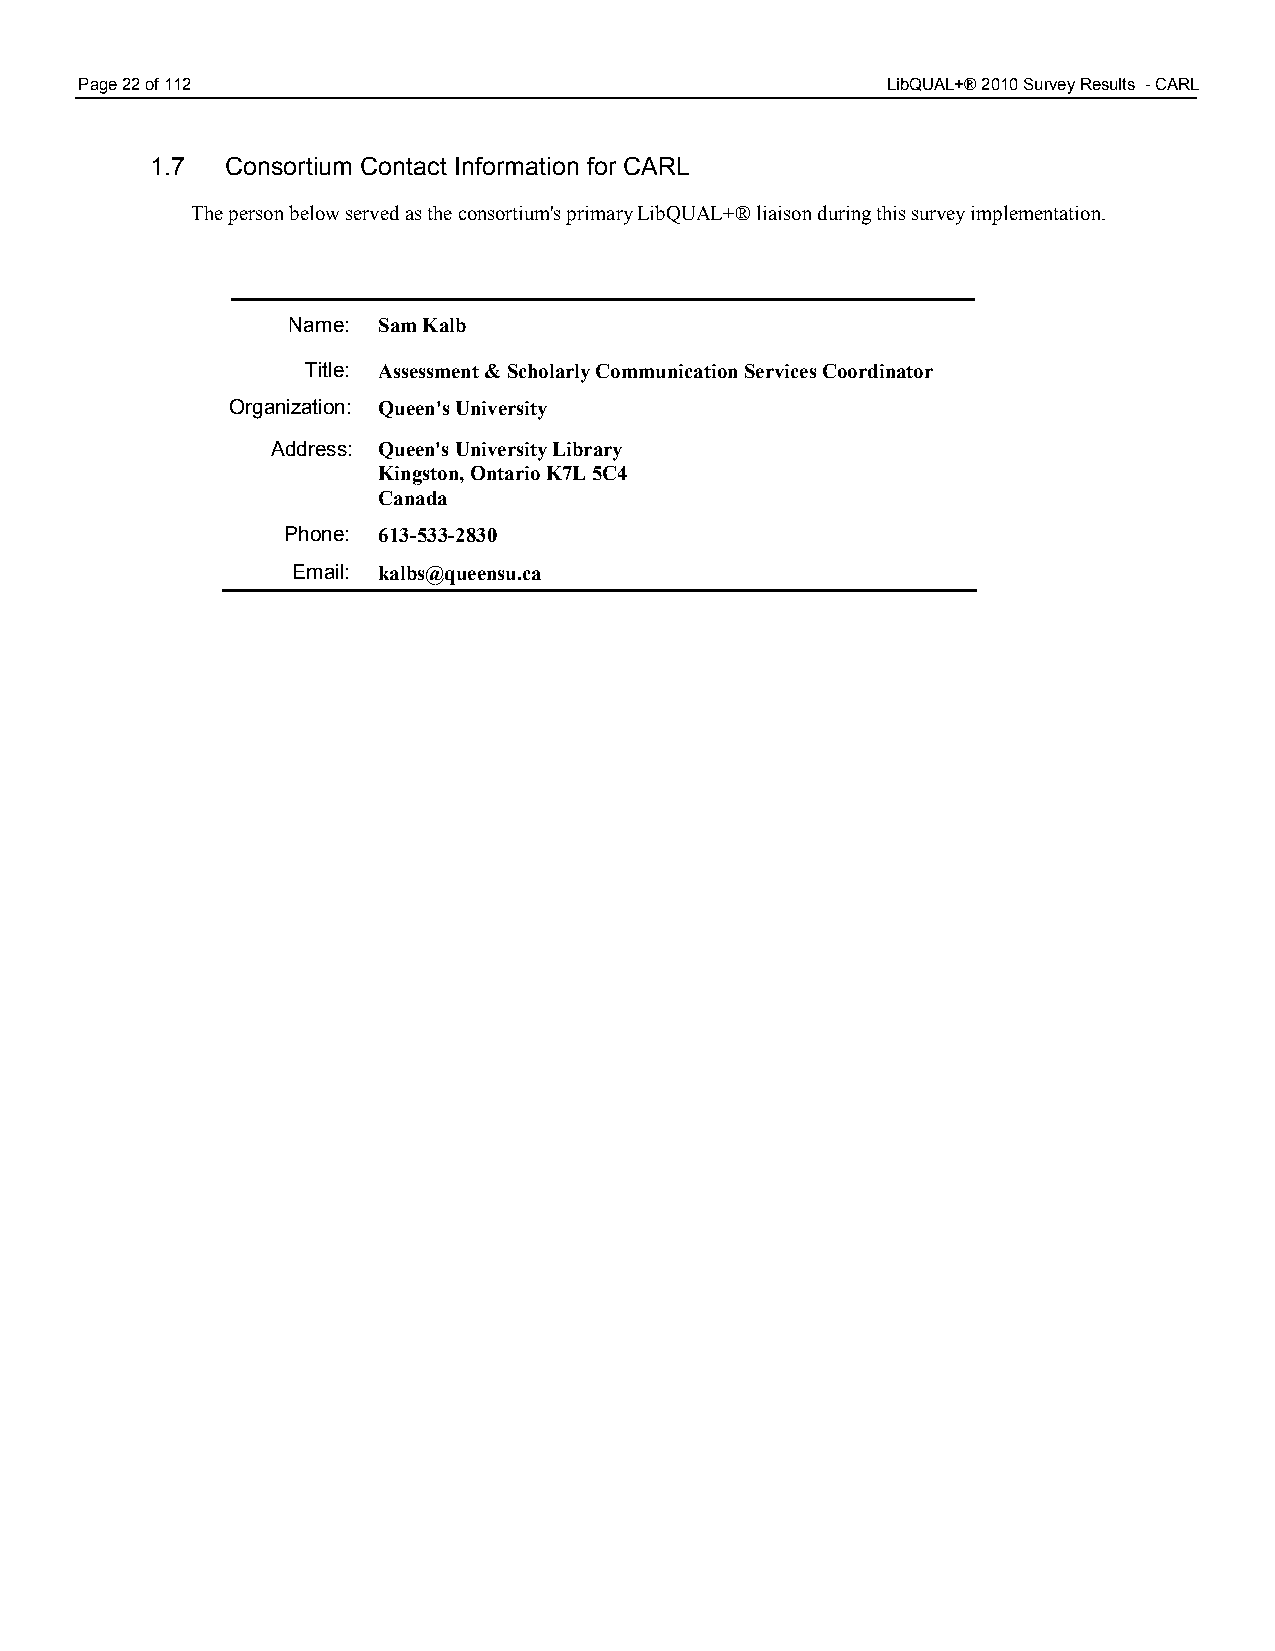
Page 22 of 112                                        LibQUAL+® 2010 Survey Results - CARL
 1.7  Consortium Contact Information for CARL
 The person below served as the consortium's primary LibQUAL+® liaison during this survey implementation.
 Name: Sam Kalb
 Title: Assessment & Scholarly Communication Services Coordinator
 Organization: Queen's University
 Address: Queen's University Library
 Kingston, Ontario K7L 5C4
 Canada
 Phone: 613-533-2830
 Email: kalbs@queensu.ca